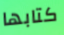
كتابها